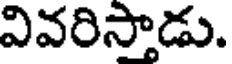
వివరిస్తాడు.